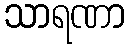
သာရဏာ